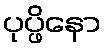
ပုပ္ဖိနော